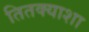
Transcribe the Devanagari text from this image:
तितक्याशा